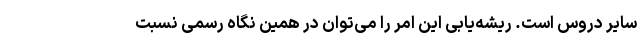
سایر دروس است. ریشه‌یابی این امر را می‌توان در همین نگاه رسمی نسبت